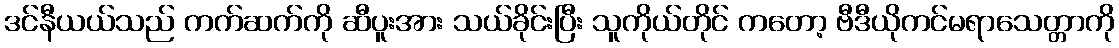
ဒင်နီယယ်သည် ကက်ဆက်ကို ဆီပူးအား သယ်ခိုင်းပြီး သူကိုယ်တိုင် ကတော့ ဗီဒီယိုကင်မရာသေတ္တာကို